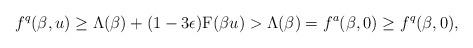
LaTeX: \begin{align*} f^q(\beta, u)\geq \Lambda(\beta) + (1-3\epsilon)\mathrm{F}(\beta u) > \Lambda(\beta)= f^a(\beta,0) \geq f^q(\beta,0), \end{align*}